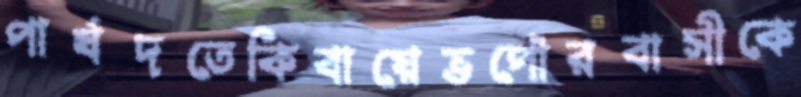
পার্ষদতেকিবায়েভপৌরবাসীকে